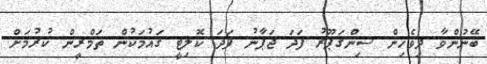
ބޭނުންވާ ދިވެހިން ސިންގަޕޫރު ފަދަ ޖަޕާނު ފަދަ ކޮލިޓީ ގައުމަކުން ތަމްރީން ކުރުމަށް